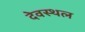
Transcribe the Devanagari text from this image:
देवस्थल